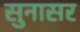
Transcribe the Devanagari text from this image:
सुनासर